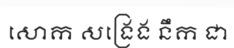
សោក សង្រេង នឹក ជា